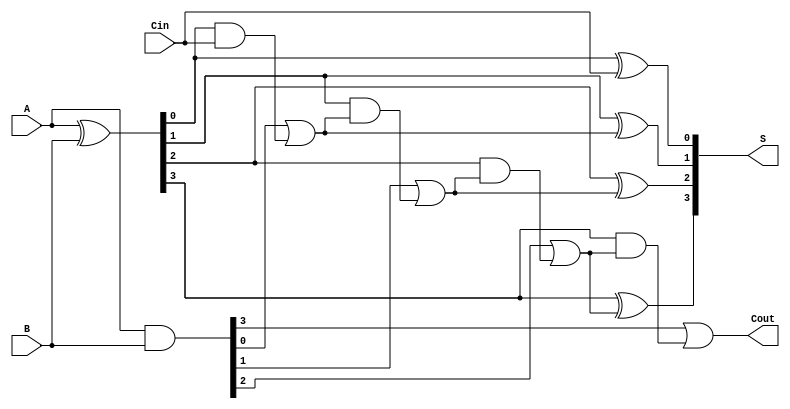
module Ling_Adder #(parameter n = 4) (
    input  [n-1:0] A,      // n-bit input A
    input  [n-1:0] B,      // n-bit input B
    input          Cin,     // Carry in
    output [n-1:0] S,      // n-bit sum output
    output         Cout     // Carry out
);

    wire [n-1:0] G;        // Generate signals
    wire [n-1:0] P;        // Propagate signals
    wire [n:0] C;          // Carry signals (C[n] = Cout)

    // Generate and propagate calculations
    assign G = A & B;          // Generate
    assign P = A ^ B;          // Propagate

    // Carry calculation using look-ahead logic
    assign C[0] = Cin;         // Initial carry input

    genvar i;
    generate
        for (i = 0; i < n; i = i + 1) begin : carry_generation
            assign C[i + 1] = G[i] | (P[i] & C[i]);
        end
    endgenerate

    // Sum calculation
    generate
        for (i = 0; i < n; i = i + 1) begin : sum_generation
            assign S[i] = P[i] ^ C[i]; // Sum
        end
    endgenerate

    // Final carry-out
    assign Cout = C[n]; // Carry out is the last carry

endmodule